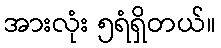
အားလုံး ၅ရံရှိတယ်။